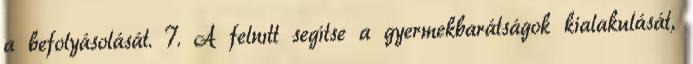
a befolyásolását. 7. A felnıtt segítse a gyermekbarátságok kialakulását,